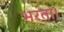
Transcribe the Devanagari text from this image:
भरता।